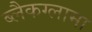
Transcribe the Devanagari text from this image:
ब्लैकग्लामा